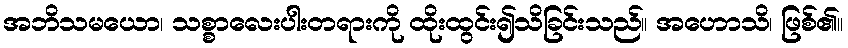
အဘိသမယော၊ သစ္စာလေးပါးတရားကို ထိုးထွင်း၍သိခြင်းသည်။ အဟောသိ၊ ဖြစ်၏။